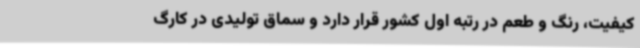
کیفیت، رنگ و طعم در رتبه اول کشور قرار دارد و سماق تولیدی در کارگ